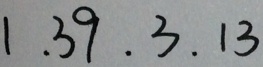
1 . 3 9 . 3 . 1 3